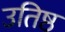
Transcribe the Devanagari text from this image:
उतिष्ठ